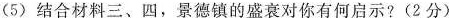
（5）结合材料三、四，景德镇的盛衰对你有何启示？（2分）